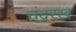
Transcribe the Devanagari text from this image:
चंद्ररख